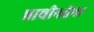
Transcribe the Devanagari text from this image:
प्राचीनतेचा